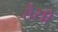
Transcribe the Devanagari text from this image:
तैसो